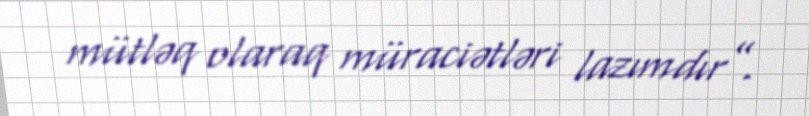
mütləq olaraq müraciətləri lazımdır”.